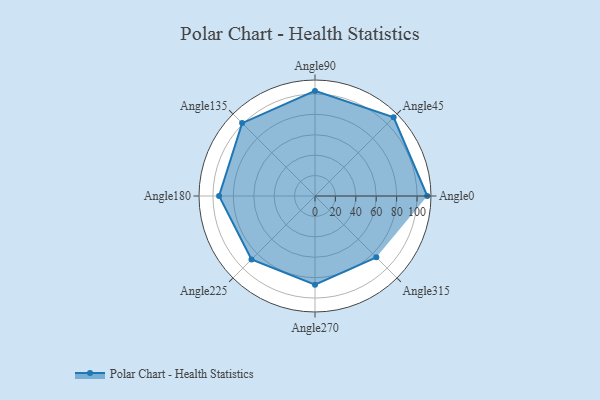
{"axis": {"x": "Angle", "y": "Radius"}, "legend": [""], "data": [{"x": "Angle0", "y": 110.0, "type": ""}, {"x": "Angle45", "y": 109.0, "type": ""}, {"x": "Angle90", "y": 103.0, "type": ""}, {"x": "Angle135", "y": 101.0, "type": ""}, {"x": "Angle180", "y": 94.0, "type": ""}, {"x": "Angle225", "y": 88.0, "type": ""}, {"x": "Angle270", "y": 87.0, "type": ""}, {"x": "Angle315", "y": 85.0, "type": ""}]}